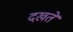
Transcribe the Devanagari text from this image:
दखते